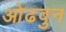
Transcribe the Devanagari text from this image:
ओढवुन